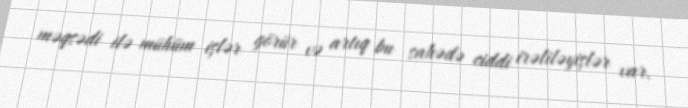
məqsədi ilə mühüm işlər görür və artıq bu sahədə ciddi irəliləyişlər var.